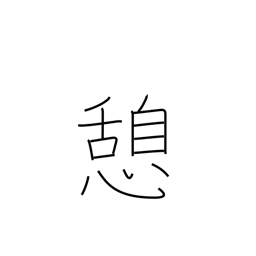
Meaning: rest